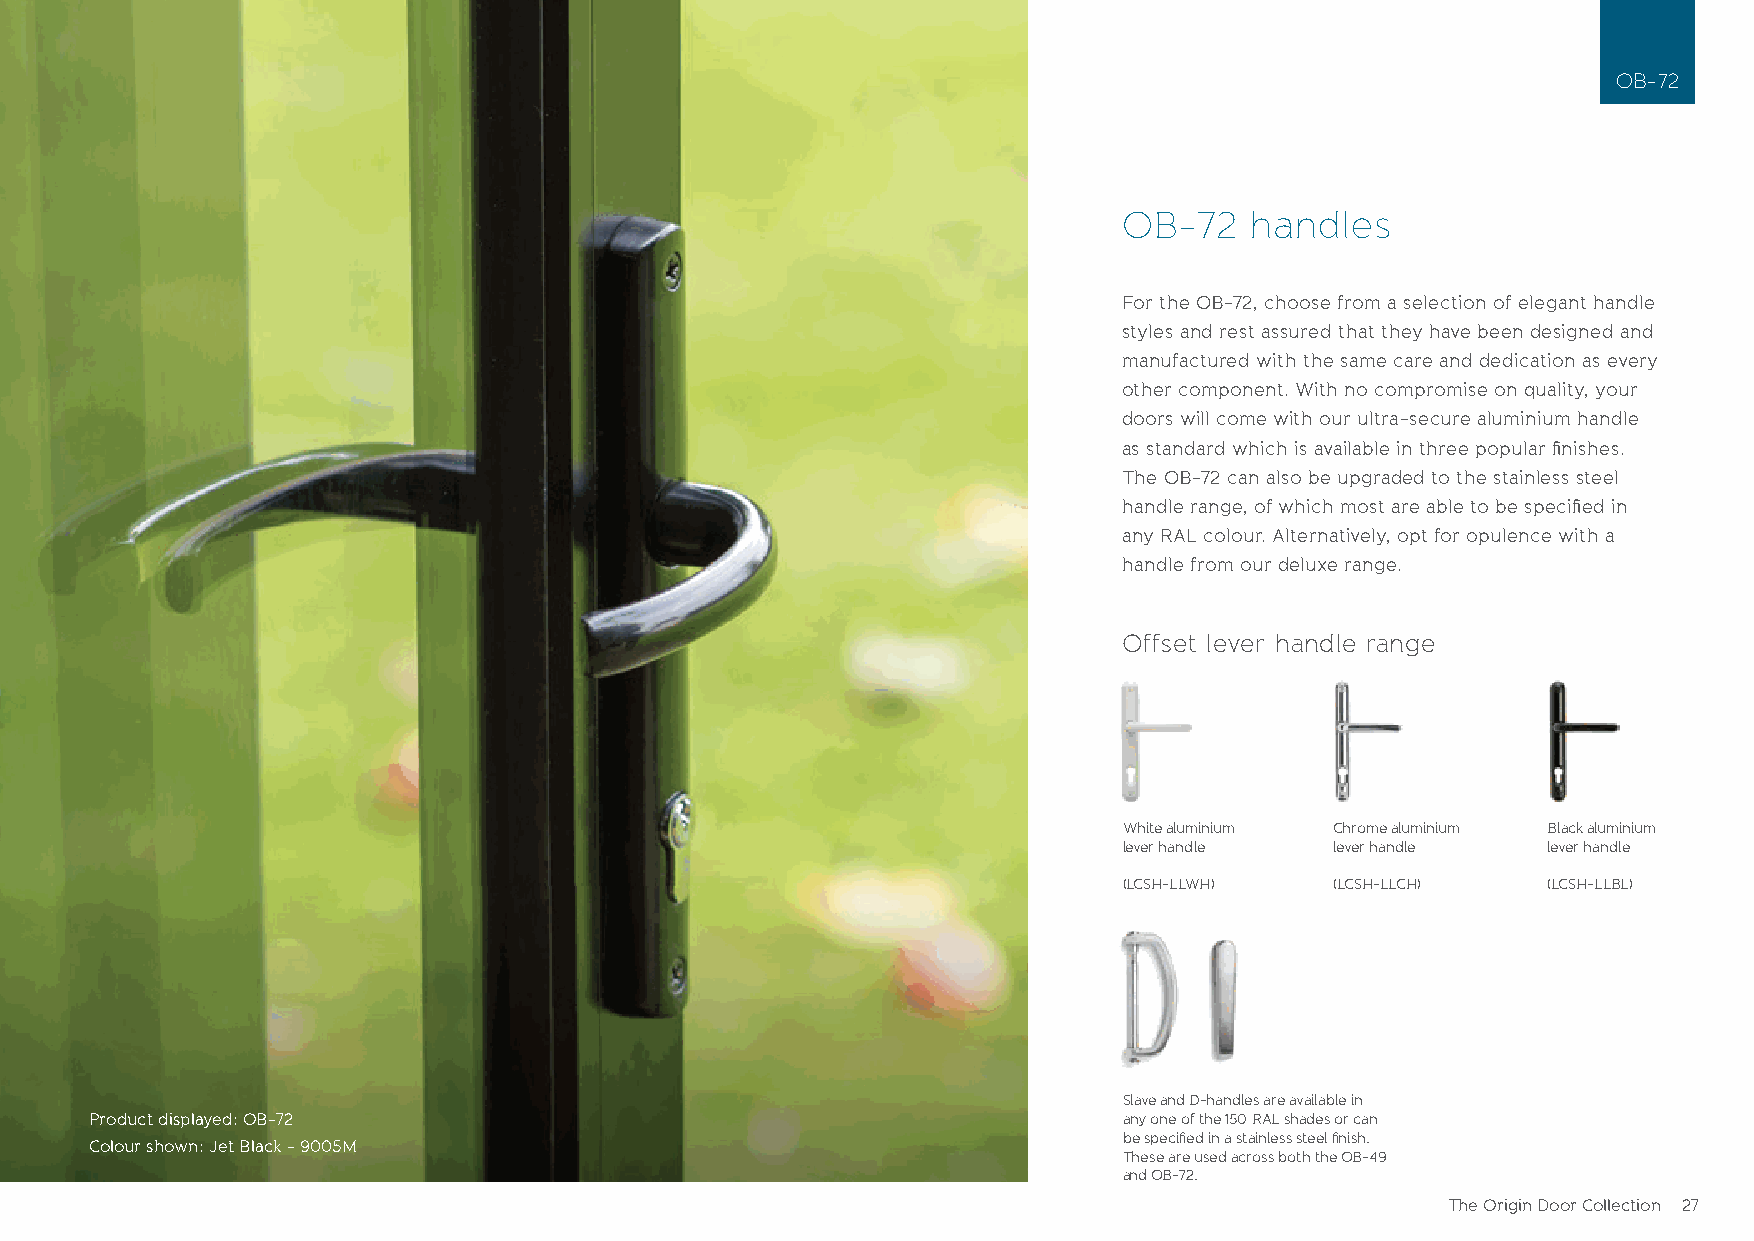
OB-72
 OB-72    handles
 For the OB-72, choose from a selection of elegant handle
 styles and rest assured that they have been designed and
 manufactured with the same care and dedication as every
 other component. With no compromise on quality, your
 doors will come with our ultra-secure aluminium handle
 as standard which is available in three popular fi nishes.
 The OB-72 can also be upgraded to the stainless steel
 handle range, of which most are able to be specifi ed in
 any RAL colour. Alternatively, opt for opulence with a
 handle from our deluxe range.
 Offset lever handle range
 White aluminium Chrome aluminium Black aluminium
 lever handle  lever handle  lever handle
 (LCSH-LLWH)   (LCSH-LLCH)   (LCSH-LLBL)
 Slave and D-handles are available in
 Product displayed: OB-72                                            any one of the 150 RAL shades or can
 be specifi ed in a stainless steel fi nish.
 Colour shown: Jet Black - 9005M
 These are used across both the OB-49
 and OB-72.
 The Origin Door Collection 27